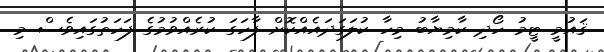
ޤައުމީ ޓީމު ހޯދި ކާމިޔާބު މިހާ ކުލަގަދައެއްކޮށް ފާހަގަ ކުރެއްވުމުގެ ފަހަތުގައިވެސް މި